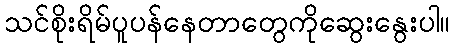
သင်စိုးရိမ်ပူပန်နေတာတွေကိုဆွေးနွေးပါ။